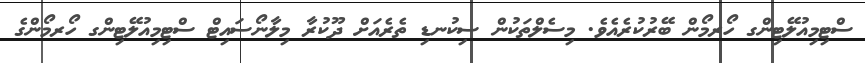
ސްޓިމިއުލޭޓިންގ ހޯރމޯން ބޭރުކުރެއެވެ. މިސެލްތަކުން ސިކުނޑި ތެރެއަށް ދޫކުރާ މިލާނޯސައިޓް ސްޓިމިއުލޭޓިންގ ހޯރމޯންގެ